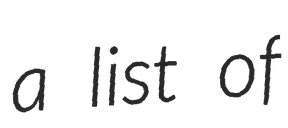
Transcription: a list of